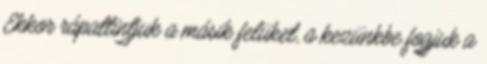
Ekkor rápattintjuk a másik felüket, a kezünkbe fogjuk a